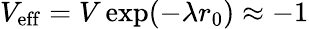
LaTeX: V_{\mathrm{eff}}=V\exp(-\lambda r_{0})\approx-1